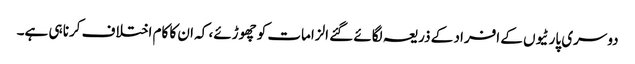
دوسری پارٹیوں کے افراد کے ذریعہ لگائے گئے الزامات کو چھوڑئے، کہ ان کا کام اختلاف کرنا ہی ہے۔